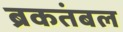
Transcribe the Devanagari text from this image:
ब्रकतंबल